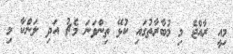
މިއީ ރާއްޖެ މި މުބާރާތުގައި ކުޅޭ ތިންވަނަ މެޗު އަދި ލަންކާ މި